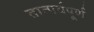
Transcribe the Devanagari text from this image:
तात्पर्यपूर्ण